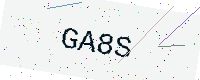
Text: GA8S